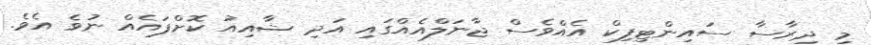
މި ދިރާސާ ސައިންޓިފިކް އެއްވެސް ޖާނަލްއެއްގައި އަދި ޝާއިއު ކޮށްފައެއް ނުވެ އެވެ.